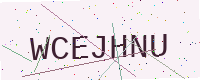
Text: WCEJHNU